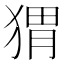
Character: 猬